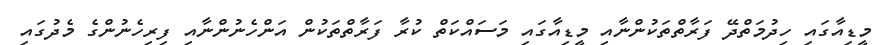
މީޑިއާގައި ހިދުމަތްދޭ ފަރާތްތަކުންނާއި މީޑިއާގައި މަސައްކަތް ކުރާ ފަރާތްތަކުން އަންހެނުންނާއި ފިރިހެނުންގެ މެދުގައި